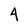
Character: 4